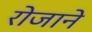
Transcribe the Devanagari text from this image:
रोजाने